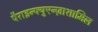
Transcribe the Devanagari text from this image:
पैराइन्फ्युएन्ज़ाशामिल